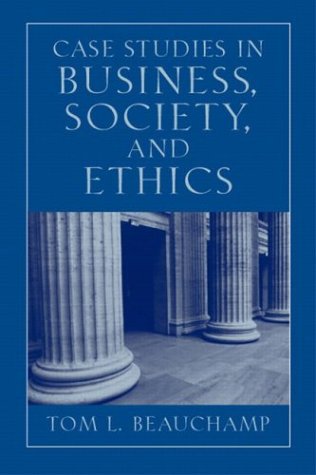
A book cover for Case Studies in Business, Society, and Ethics (5th Edition); Tom L. Beauchamp; Business & Money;